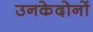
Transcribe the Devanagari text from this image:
उनकेदोनों